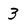
Character: 3